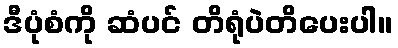
ဒီပုံစံကို ဆံပင် တိရုံပဲတိပေးပါ။